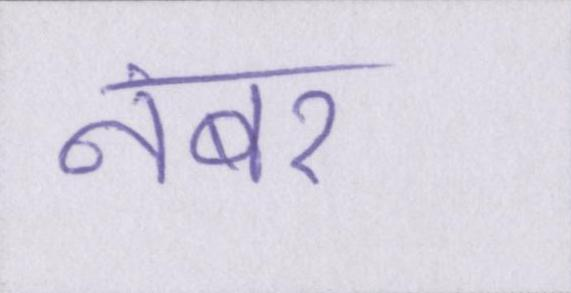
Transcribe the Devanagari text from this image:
नंबर